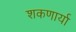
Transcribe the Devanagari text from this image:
शकणार्या